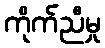
ကိုက်ညီမှု